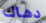
دهاك